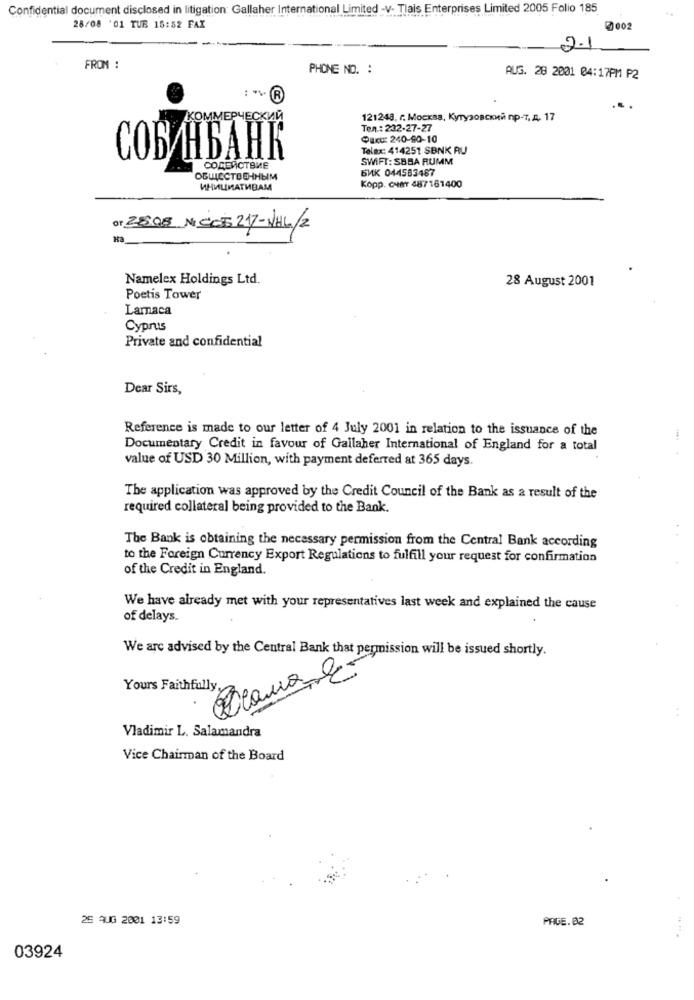
Confidential document disclosed in litigation: Gallaher International Limited -v- Tlais Enterprises Limited 2005 Folio 185
28/08 '01 TUB 18:52 FAX
0002
2.1
FROM :
PHONE NO. :
AUG. 28 2001 04:17PM P2
КОММЕРЧЕСКИЙ
121248, г. Москва, Кутузовский пр-т, д. 17
Ten .: 232-27-27
Paru: 240-90-10
Telax: 414251 SBNK RU
СОБИНБАНК
SWIFT: SBBA RUMM
COMERCTBME
BMK 044583487
OGUICCTBE-IHEIM
ИНИЦИАТИВАМ
Kopp. cuer 487161400
of 2808 Nº CC5217-NHL/2
Namelex Holdings Ltd.
28 August 2001
Poetis Tower
Lamaca
Cyprus
Private and confidential
Dear Sirs,
Reference is made to our letter of 4 July 2001 in relation to the issuance of the
Documentary Credit in favour of Gallaher International of England for a total
value of USD 30 Million, with payment deferred at 365 days.
The application was approved by the Credit Council of the Bank as a result of the
required collateral being provided to the Bank.
The Bank is obtaining the necessary permission from the Central Bank according
to the Foreign Currency Export Regulations to fulfill your request for confirmation
of the Credit in England.
We have already met with your representatives last week and explained the cause
of delays.
We are advised by the Central Bank that permission will be issued shortly.
Diana 2
Yours Faithfully,
Vladimir L. Salamandra
Vice Chairman of the Board
25 AUG 2001 13:59
PAGE. 02
03924